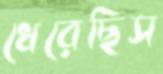
ধেরেছিস